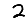
Digit: 2